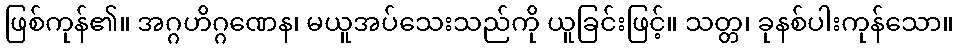
ဖြစ်ကုန်၏။ အဂ္ဂဟိဂ္ဂဏေန၊ မယူအပ်သေးသည်ကို ယူခြင်းဖြင့်။ သတ္တ၊ ခုနစ်ပါးကုန်သော။